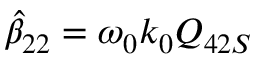
\hat { \beta } _ { 2 2 } = \omega _ { 0 } k _ { 0 } Q _ { 4 2 S }